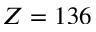
Z = 1 3 6